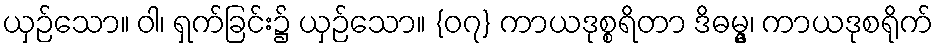
ယှဉ်သော။ ဝါ၊ ရှက်ခြင်း၌ ယှဉ်သော။ {၀၇} ကာယဒုစ္စရိတာ ဒိဓမ္မွ၊ ကာယဒုစရိုက်